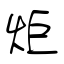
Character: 炬